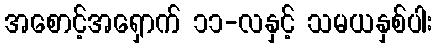
အစောင့်အရှောက် ၁၁-လနှင့် သမယနှစ်ပါး